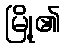
မြို့၏